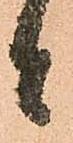
者